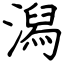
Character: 潟